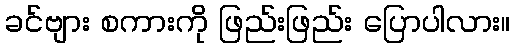
ခင်ဗျား စကားကို ဖြည်းဖြည်း ပြောပါလား။